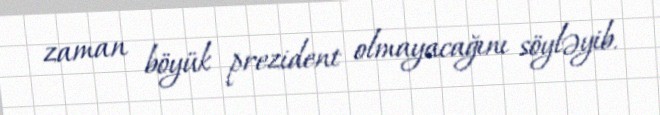
zaman böyük prezident olmayacağını söyləyib.